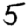
Digit: 5